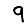
Digit: 9